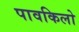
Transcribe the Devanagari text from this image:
पावकिलो